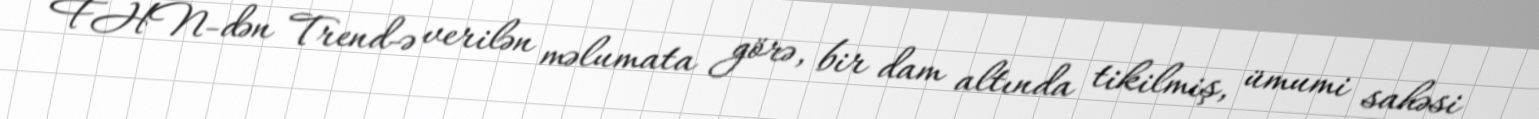
FHN-dən Trend-ə verilən məlumata görə, bir dam altında tikilmiş, ümumi sahəsi